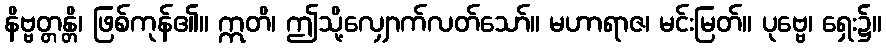
နိဗ္ဗတ္တန္တိ၊ ဖြစ်ကုန်၏။ ဣတိ၊ ဤသို့လျှောက်လတ်သော်။ မဟာရာဇ၊ မင်းမြတ်။ ပုဗ္ဗေ၊ ရှေး၌။